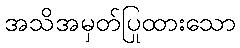
အသိအမှတ်ပြုထားသော